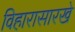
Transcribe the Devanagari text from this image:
विहारासारखे